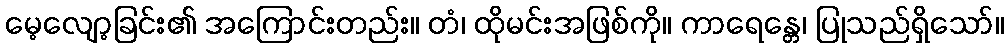
မေ့လျော့ခြင်း၏ အကြောင်းတည်း။ တံ၊ ထိုမင်းအဖြစ်ကို။ ကာရေန္တေ၊ ပြုသည်ရှိသော်။